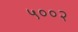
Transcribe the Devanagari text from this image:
५००२